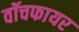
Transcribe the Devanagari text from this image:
वॉचफायर